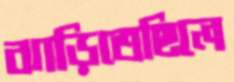
ঝাড়িতেছিলে